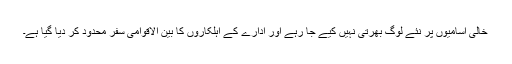
خالی اسامیوں پر نئے لوگ بھرتی نہیں کیے جا رہے اور ادارے کے اہلکاروں کا بین الاقوامی سفر محدود کر دیا گیا ہے۔